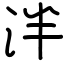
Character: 泮